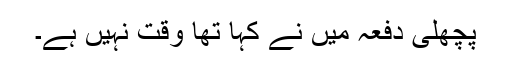
پچھلی دفعہ مَیں نے کہا تھا وقت نہیں ہے۔